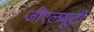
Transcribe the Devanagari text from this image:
जीएलयूटी